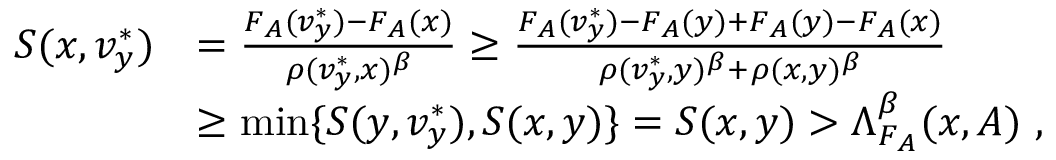
\begin{array} { r l } { S ( x , v _ { y } ^ { * } ) } & { = \frac { F _ { A } ( v _ { y } ^ { * } ) - F _ { A } ( x ) } { \rho ( v _ { y } ^ { * } , x ) ^ { \beta } } \geq \frac { F _ { A } ( v _ { y } ^ { * } ) - F _ { A } ( y ) + F _ { A } ( y ) - F _ { A } ( x ) } { \rho ( v _ { y } ^ { * } , y ) ^ { \beta } + \rho ( x , y ) ^ { \beta } } } \\ & { \geq \operatorname* { m i n } \{ S ( y , v _ { y } ^ { * } ) , S ( x , y ) \} = S ( x , y ) > \Lambda _ { F _ { A } } ^ { \beta } ( x , A ) ~ , } \end{array}